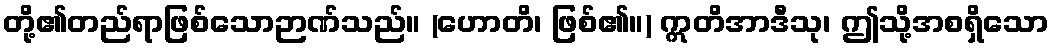
တို့၏တည်ရာဖြစ်သောဉာဏ်သည်။ (ဟောတိ၊ ဖြစ်၏။) ဣတိအာဒီသု၊ ဤသို့အစရှိသော